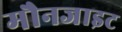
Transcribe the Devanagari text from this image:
मौनजाइट